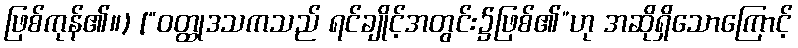
ဖြစ်ကုန်၏။) [“ဝတ္ထုဒသကသည် ရင်ချိုင့်အတွင်း၌ဖြစ်၏”ဟု အဆိုရှိသောကြောင့်